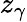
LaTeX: z_{\gamma}